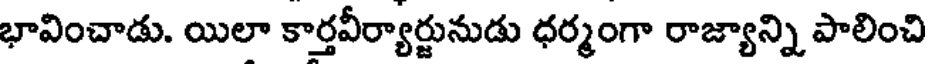
భావించాడు. యిలా కార్తవీర్యార్జునుడు ధర్మంగా రాజ్యాన్ని పాలించి